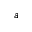
a